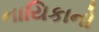
નાયિકાનો